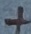
Text: =